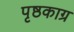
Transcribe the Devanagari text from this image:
पृष्ठकाग्र